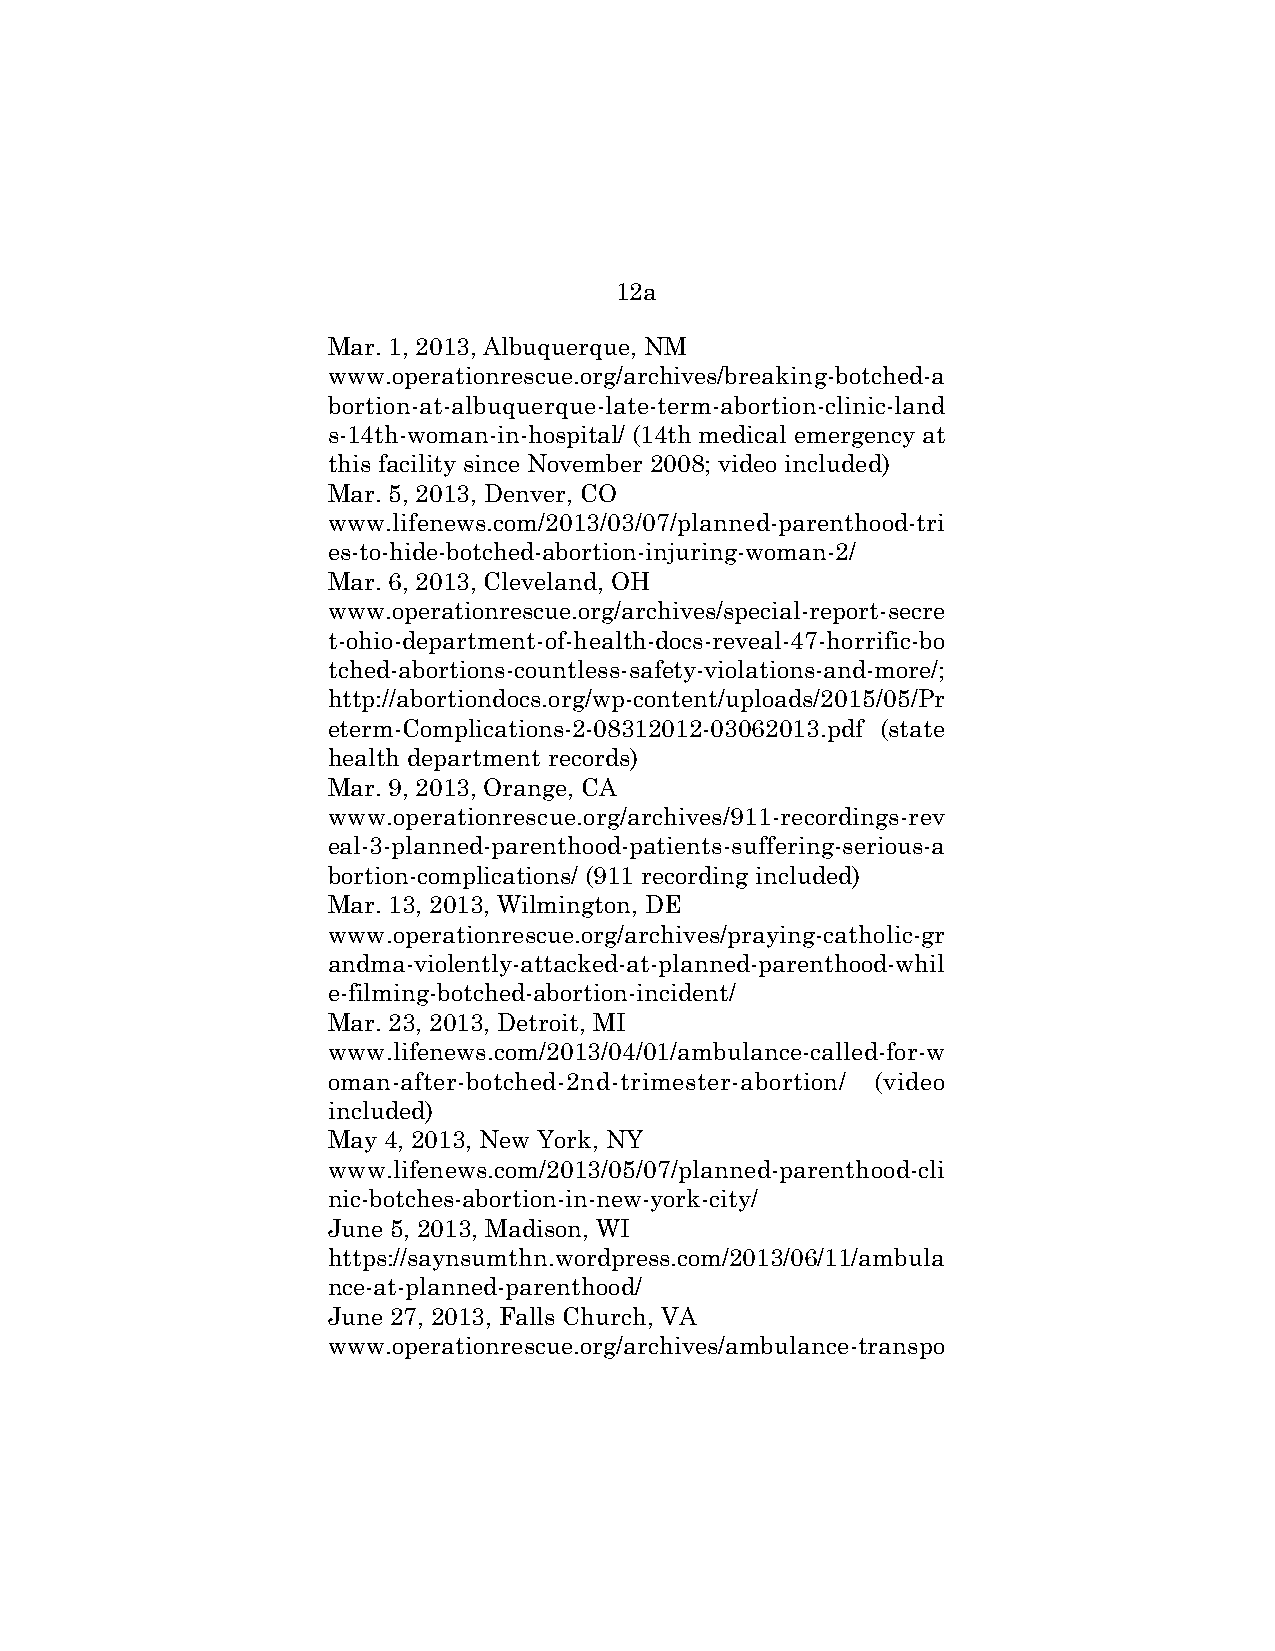
12a
 Mar. 1, 2013, Albuquerque, NM
 www.operationrescue.org/archives/breaking-botched-a
 bortion-at-albuquerque-late-term-abortion-clinic-land
 s-14th-woman-in-hospital/ (14th medical emergency at
 this facility since November 2008; video included)
 Mar. 5, 2013, Denver, CO
 www.lifenews.com/2013/03/07/planned-parenthood-tri
 es-to-hide-botched-abortion-injuring-woman-2/
 Mar. 6, 2013, Cleveland, OH
 www.operationrescue.org/archives/special-report-secre
 t-ohio-department-of-health-docs-reveal-47-horrific-bo
 tched-abortions-countless-safety-violations-and-more/;
 http://abortiondocs.org/wp-content/uploads/2015/05/Pr
 eterm-Complications-2-08312012-03062013.pdf (state
 health department records)
 Mar. 9, 2013, Orange, CA
 www.operationrescue.org/archives/911-recordings-rev
 eal-3-planned-parenthood-patients-suffering-serious-a
 bortion-complications/ (911 recording included)
 Mar. 13, 2013, Wilmington, DE
 www.operationrescue.org/archives/praying-catholic-gr
 andma-violently-attacked-at-planned-parenthood-whil
 e-filming-botched-abortion-incident/
 Mar. 23, 2013, Detroit, MI
 www.lifenews.com/2013/04/01/ambulance-called-for-w
 oman-after-botched-2nd-trimester-abortion/ (video
 included)
 May 4, 2013, New York, NY
 www.lifenews.com/2013/05/07/planned-parenthood-cli
 nic-botches-abortion-in-new-york-city/
 June 5, 2013, Madison, WI
 https://saynsumthn.wordpress.com/2013/06/11/ambula
 nce-at-planned-parenthood/
 June 27, 2013, Falls Church, VA
 www.operationrescue.org/archives/ambulance-transpo